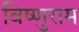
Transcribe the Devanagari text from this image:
विष्णुराम